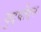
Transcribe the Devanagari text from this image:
युद्धोदन